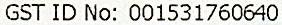
GST ID NO: 001531760640